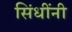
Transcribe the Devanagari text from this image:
सिंधींनी